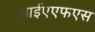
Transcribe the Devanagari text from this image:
आईएएफएस